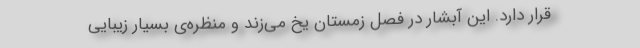
قرار دارد. این آبشار در فصل زمستان یخ می‌زند و منظره‌ی بسیار زیبایی